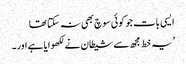
ایسی بات جو کوئی سوچ بھی نہ سکتا تھا
’یہ خط مجھ سے شیطان نے لکھوایا ہے اور۔